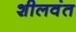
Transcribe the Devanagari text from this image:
शीलवंत